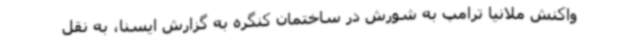
واکنش ملانیا ترامپ به شورش در ساختمان کنگره به گزارش ایسنا، به نقل